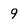
Character: 9